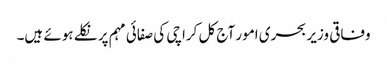
وفاقی وزیر بحری امور آج کل کراچی کی صفائی مہم پر نکلے ہوئے ہیں۔